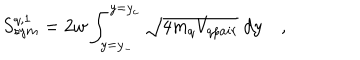
LaTeX: S _ { s y m } ^ { q , 1 } = 2 w \int _ { y = y _ { - } } ^ { y = y _ { c } } \sqrt { 4 m _ { q } V _ { q p a i r } } ~ d y \quad ,